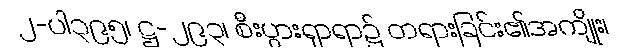
၂-ပါ၃၉၅၊ ဋ္ဌ-၂၉၃၊ စီးပွားရှာရာ၌ တရားခြင်း၏အကျိုး၊